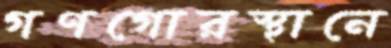
গণগোরস্থানে